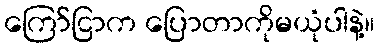
ကြော်ငြာက ပြောတာကိုမယုံပါနဲ့။